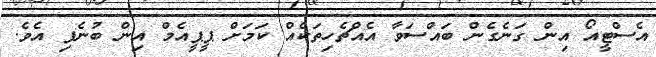
އެސްޓީއޯ އިން ގަނެގެން ބައްސަވާ އެއްޗެހިތަކެއް ކަމަށް ޕީޕީއެމް އިން ބުނެފި އެވެ.